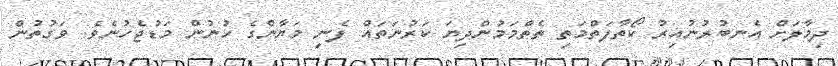
ދިމާލަށް އެނބުރުނުއިރު ކޯތާފަތްމަތި ތެތްމަމުންދިޔަ ކަރުނަތައް ފެނި މަޔާންގެ ހުނުން މަޑުޖެހުނެވެ. ވަގުތުން